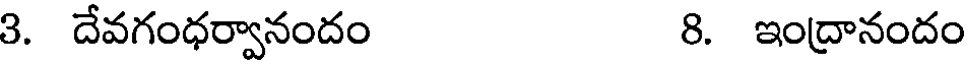
3. దేవగంధర్వానందం 8. ఇంద్రానందం